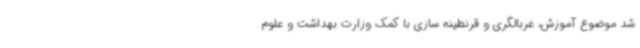
شد موضوع آموزش، غربالگری و قرنطینه سازی با کمک وزارت بهداشت و علوم